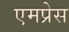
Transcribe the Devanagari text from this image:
एमप्रेस